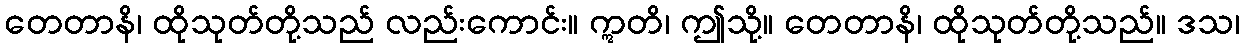
တေတာနိ၊ ထိုသုတ်တို့သည် လည်းကောင်း။ ဣတိ၊ ဤသို့။ တေတာနိ၊ ထိုသုတ်တို့သည်။ ဒသ၊